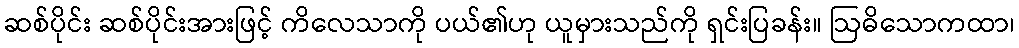
ဆစ်ပိုင်း ဆစ်ပိုင်းအားဖြင့် ကိလေသာကို ပယ်၏ဟု ယူမှားသည်ကို ရှင်းပြခန်း။ ဩဓိသောကထာ၊